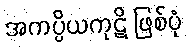
အကပ္ပိယကုဋိ ဖြစ်ပုံ